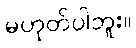
မဟုတ်ပါဘူး။